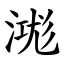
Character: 㴳